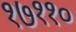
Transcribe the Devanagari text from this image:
१७११०